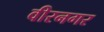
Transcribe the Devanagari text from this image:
वीरनगर